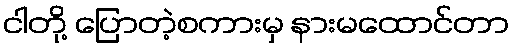
ငါတို့ ပြောတဲ့စကားမှ နားမထောင်တာ